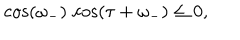
LaTeX: \cos ( \omega _ { - } ) \, \cos ( \tau + \omega _ { - } ) \leq 0 ,